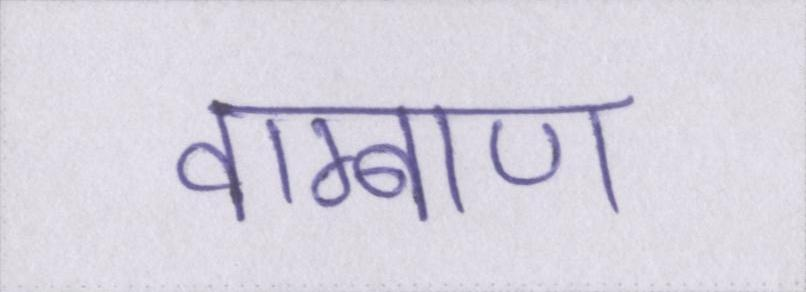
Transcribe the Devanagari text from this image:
वाग्बाण